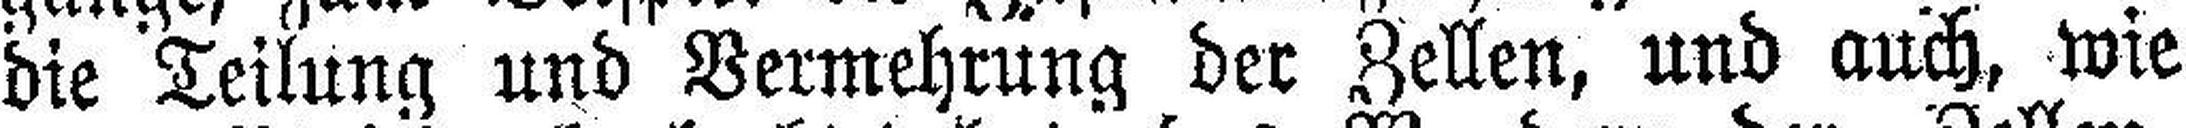
die Teilung und Vermehrung der Zellen, und auch, wie